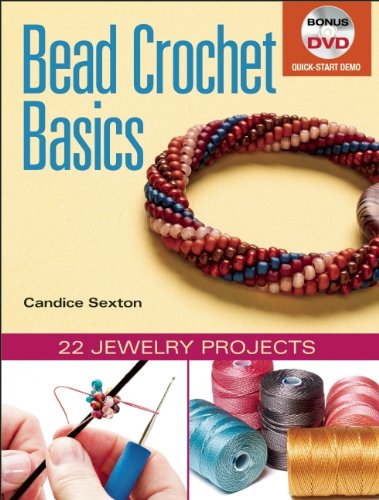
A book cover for Bead Crochet Basics: 22 Jewelry Projects; Candice Sexton; Crafts, Hobbies & Home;